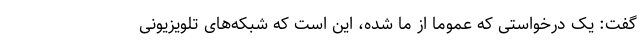
گفت: یک درخواستی که عموما از ما شده، این است که شبکه‌های تلویزیونی